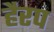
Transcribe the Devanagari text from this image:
हैरप